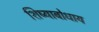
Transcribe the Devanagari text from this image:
शिष्याबोधाय